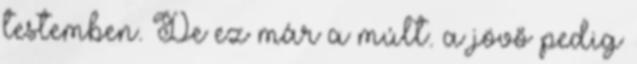
testemben. De ez már a múlt. a jövő pedig